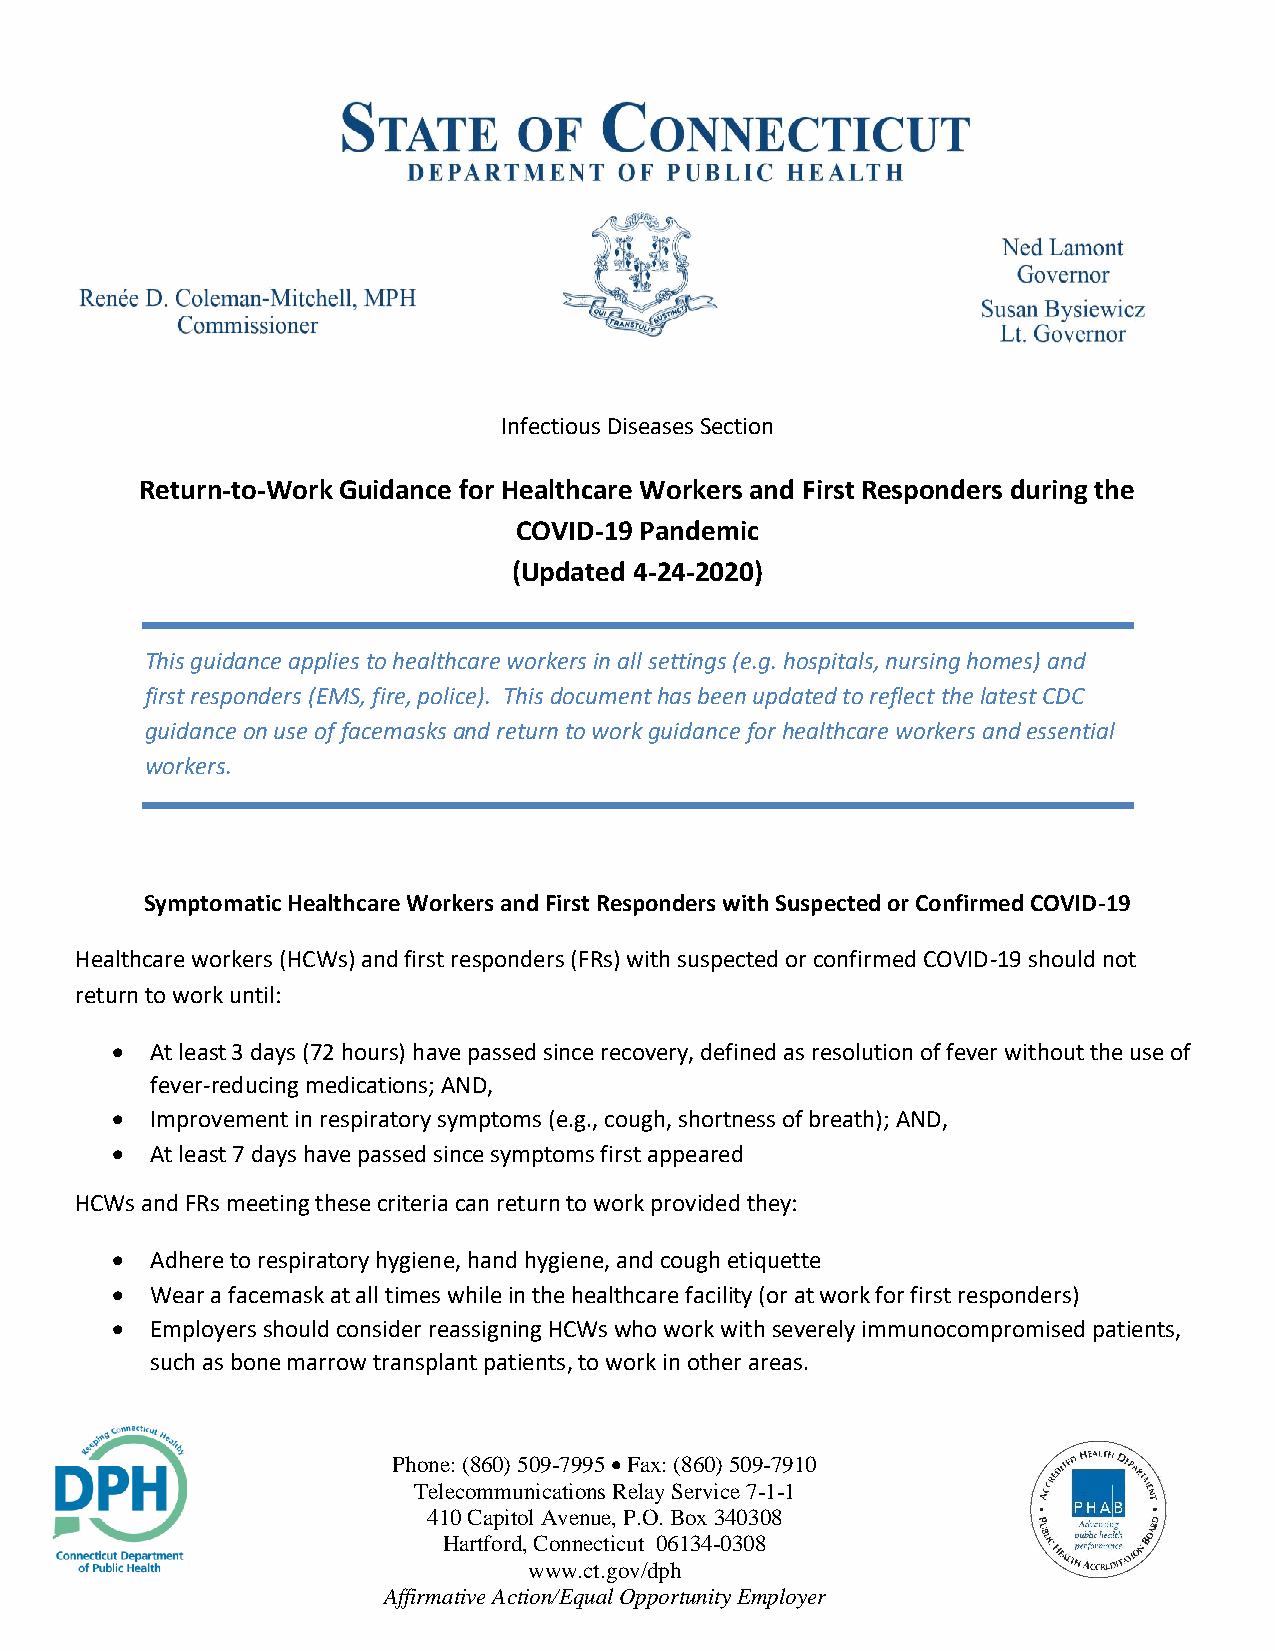
Infectious Diseases Section
 Return-to-Work Guidance for Healthcare Workers and First Responders during the
 COVID-19 Pandemic
 (Updated 4-24-2020)
 This guidance applies to healthcare workers in all settings (e.g. hospitals, nursing homes) and
 first responders (EMS, fire, police). This document has been updated to reflect the latest CDC
 guidance on use of facemasks and return to work guidance for healthcare workers and essential
 workers.
 Symptomatic Healthcare Workers and First Responders with Suspected or Confirmed COVID-19
 Healthcare workers (HCWs) and first responders (FRs) with suspected or confirmed COVID-19 should not
 return to work until:
 •  At least 3 days (72 hours) have passed since recovery, defined as resolution of fever without the use of
 fever-reducing medications; AND,
 •  Improvement in respiratory symptoms (e.g., cough, shortness of breath); AND,
 •  At least 7 days have passed since symptoms first appeared
 HCWs and FRs meeting these criteria can return to work provided they:
 •  Adhere to respiratory hygiene, hand hygiene, and cough etiquette
 •  Wear a facemask at all times while in the healthcare facility (or at work for first responders)
 •  Employers should consider reassigning HCWs who work with severely immunocompromised patients,
 such as bone marrow transplant patients, to work in other areas.
 Phone: (860) 509-7995 • Fax: (860) 509-7910
 Telecommunications Relay Service 7-1-1
 410 Capitol Avenue, P.O. Box 340308
 Hartford, Connecticut 06134-0308
 www.ct.gov/dph
 Affirmative Action/Equal Opportunity Employer